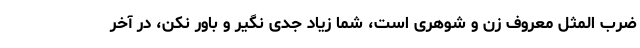
ضرب المثل معروف زن و شوهری است، شما زیاد جدی نگیر و باور نکن، در آخر